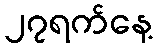
၂၇ရက်နေ့